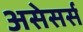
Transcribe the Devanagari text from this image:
असेसर्स